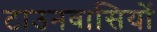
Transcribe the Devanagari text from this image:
टाउनवासियों